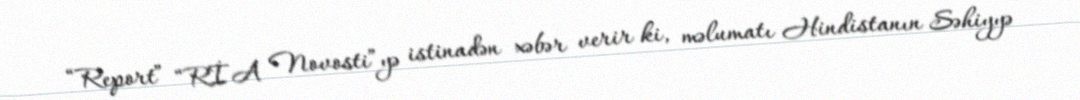
“Report” “RİA Novosti”yə istinadən xəbər verir ki, məlumatı Hindistanın Səhiyyə